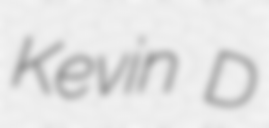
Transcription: Kevin D